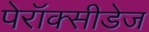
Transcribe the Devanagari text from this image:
पेरॉक्सीडेज